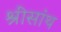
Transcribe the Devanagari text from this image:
श्रीसांथ